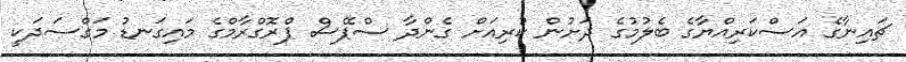
ޗައިނާގެ އަސްކަރިއްޔާގެ ބެލުމުގެ ދަށުން ކުރިއަށް ގެންދާ ސްޕޭސް ޕްރޮގްރާމްގެ މައިގަނޑު މަގްސަދަކީ